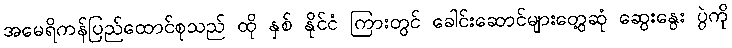
အမေရိကန်ပြည်ထောင်စုသည် ထို နှစ် နိုင်ငံ ကြားတွင် ခေါင်းဆောင်များတွေ့ဆုံ ဆွေးနွေး ပွဲကို